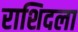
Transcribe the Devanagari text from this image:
राशिदला